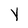
Character: Y